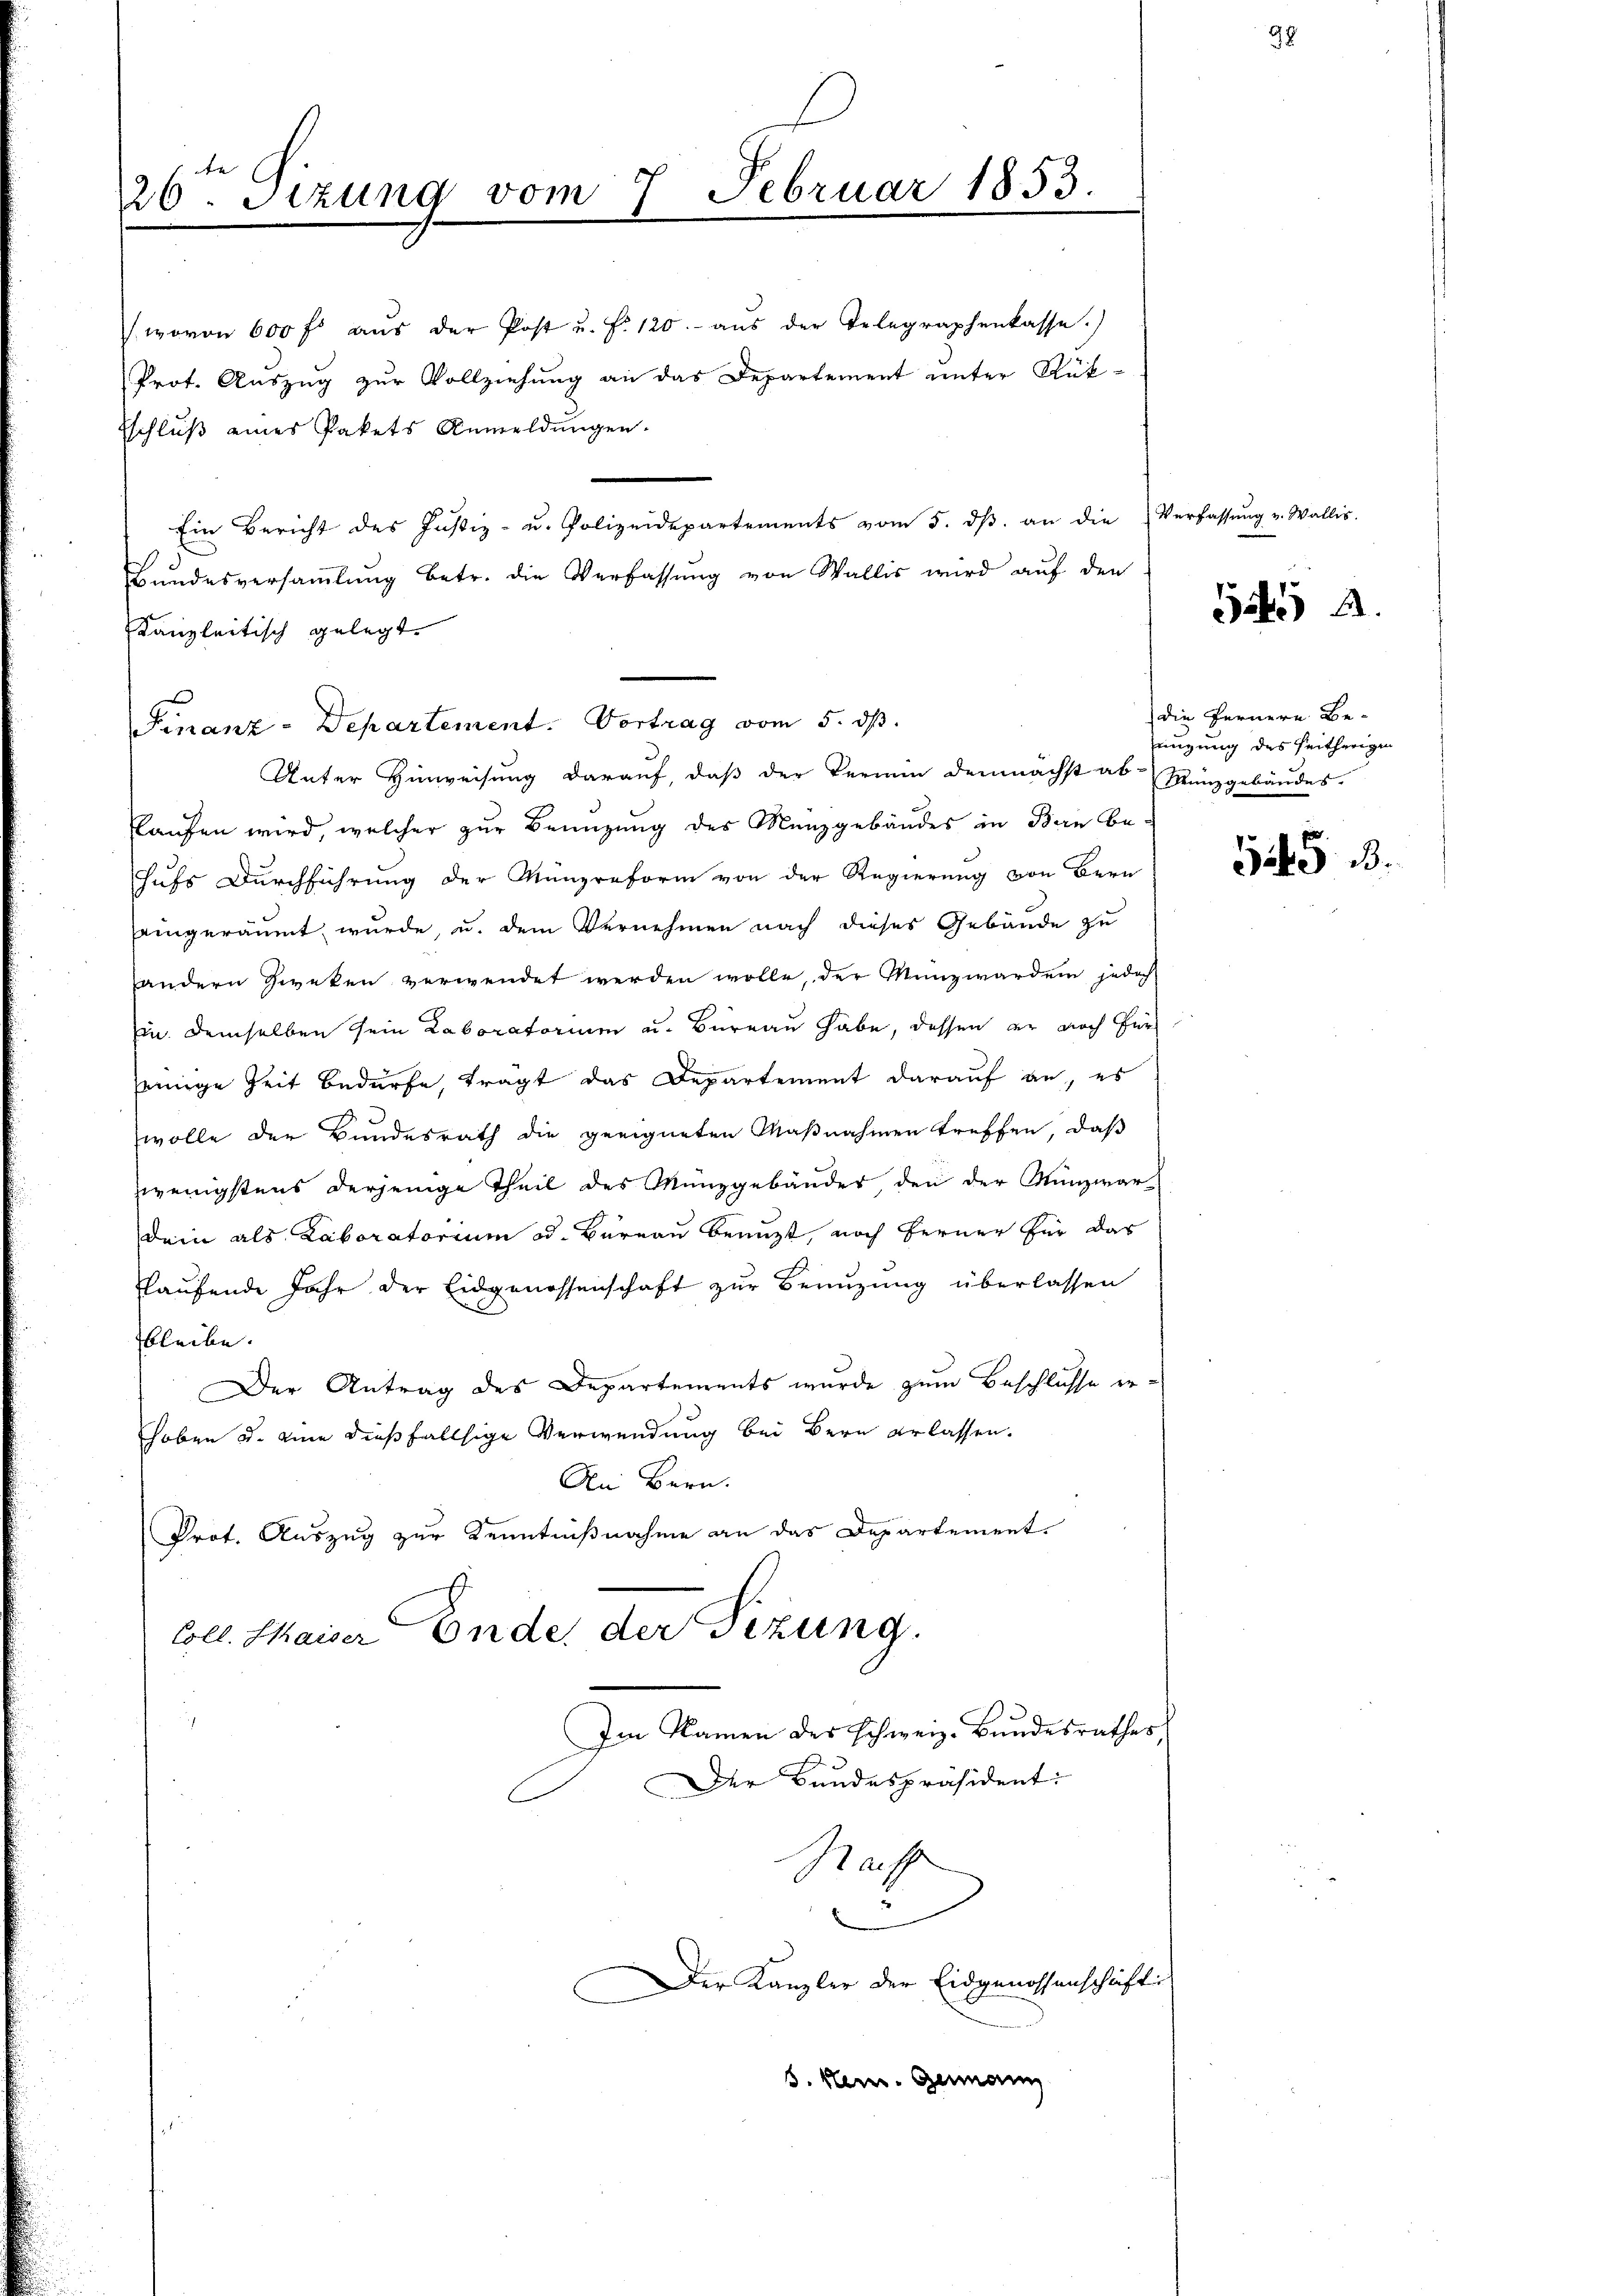
26. Sizung vom 7. Februar 1853.
e

wovon 600 fl aŭs der Post u. f. 120.- aŭs der Telegraphenkasse.)
Prot. Auszug zur Vollziehung an das Departement unter Rük¬
Eschluß eines Pakets Anmeldungen.
Ein Bericht des Justiz- u. Polizeidepartements vom 5. dβ an die Verfassŭng v. Wallis.
Bundesversammlung betr. die Verfassung von Wallis wird auf den
Kanzleitisch gelegt.
Unter Hinweisung darauf, daß der Vermin demnächst ab. Münzgebäudes.
Plaufen wird, welcher zur Benuzung des Manzgebäudes in Bern be-
hufs Durchführung der Münzreform von der Regierung von Bern
seingeräumt wurde, u. dem Vernehmen nach dieses Gebäude zu
andern Zweken verwendet werden wolle, der Münzwerden jedoch
Ein. Demselben sein Laboratorium u. Bureau habe, dessen er noch für
seinige Zeit bedürfe, tragt das Departement darauf an, es
wolle der Bundesrath die geeigneten Maßnahmen treffen, daß
wenigstens derjenige Theil des Münzgebäudes, den der Münzwar
Dein als Laboratorium od. Bureau benuzt, noch ferner für das
flaufende Jahr der Eidgenossenschaft zur Benuzung überlassen
bleibe. |
Der Antrag des Departements wurde zum Beschlusse erhoben u. eine dießfallsige Verwendung bei Bern erlassen.
An Bern.
Prof. Auszug zur Kenntnißnahme an das Departement.
Coll. Maiser Ende der Sezung.
Im Namen des schweiz. Bundesrathes

Finanz-Departement. Vortrag vom 5. ds.

Der Kanzler der Eidgenossenschrift
s. Kein. Genann

Der Bundespräsident:
Saff

Satis a.

) die Fernere Be-
nigung des seitherigen

545 B.